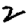
Digit: 2